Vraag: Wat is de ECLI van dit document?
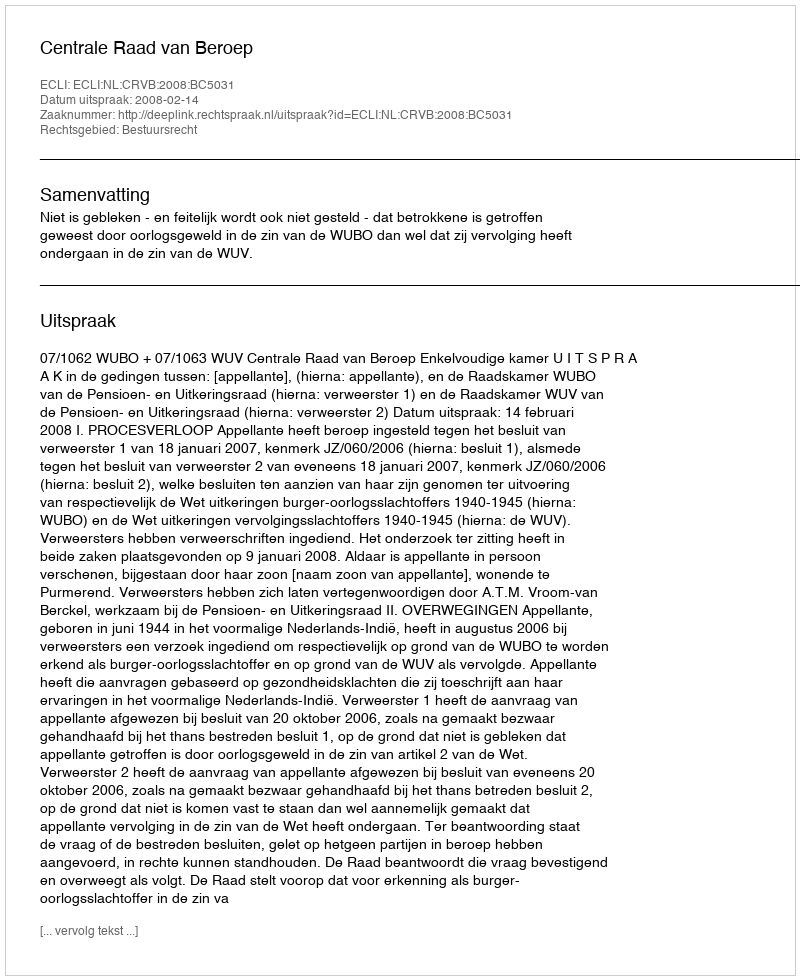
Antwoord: ECLI:NL:CRVB:2008:BC5031